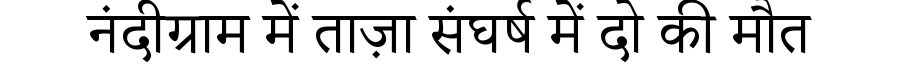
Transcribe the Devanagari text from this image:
नंदीग्राम में ताज़ा संघर्ष में दो की मौत